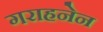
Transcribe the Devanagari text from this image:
गराहनेन